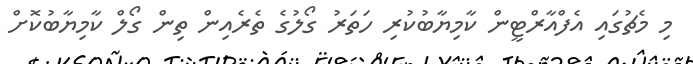
މި މެޗުގައި އެފްއާރްޓީން ކާމިޔާބުކުރި ހަތަރު ގޯލުގެ ތެރެއިން ތިން ގޯލް ކާމިޔާބުކޮށް